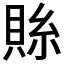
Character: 𮚄